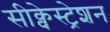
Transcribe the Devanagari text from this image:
सीक्वेस्ट्रेशन